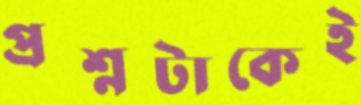
প্রশ্নটাকেই